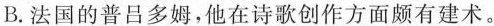
B.法国的普吕多姆，他在诗歌创作方面颇有建术。